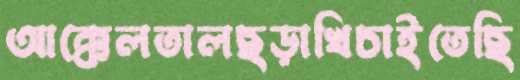
আক্কেলতালছড়াখিচাইতেছি